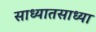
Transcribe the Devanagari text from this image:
साध्यातसाध्या